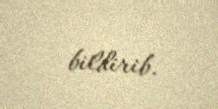
bildirib.